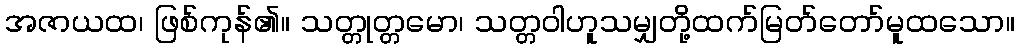
အဇာယထ၊ ဖြစ်ကုန်၏။ သတ္တုတ္တမော၊ သတ္တဝါဟူသမျှတို့ထက်မြတ်တော်မူထသော။